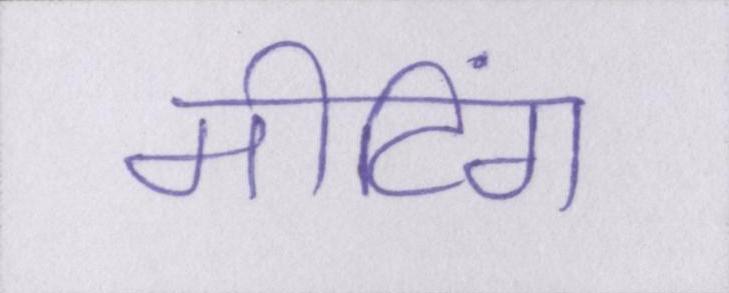
मीटिंग